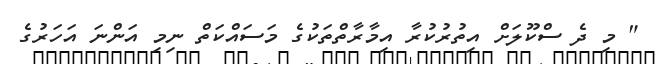
" މި ދެ ސްކޫލަށް އިތުރުކުރާ އިމާރާތްތަކުގެ މަސައްކަތް ނިމި އަންނަ އަހަރުގެ